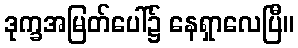
ဒုက္ခအမြတ်ပေါ်၌ နေရှာလေပြီ။